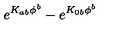
e ^ { K _ { a b } \phi ^ { b } } - e ^ { K _ { 0 b } \phi ^ { b } }